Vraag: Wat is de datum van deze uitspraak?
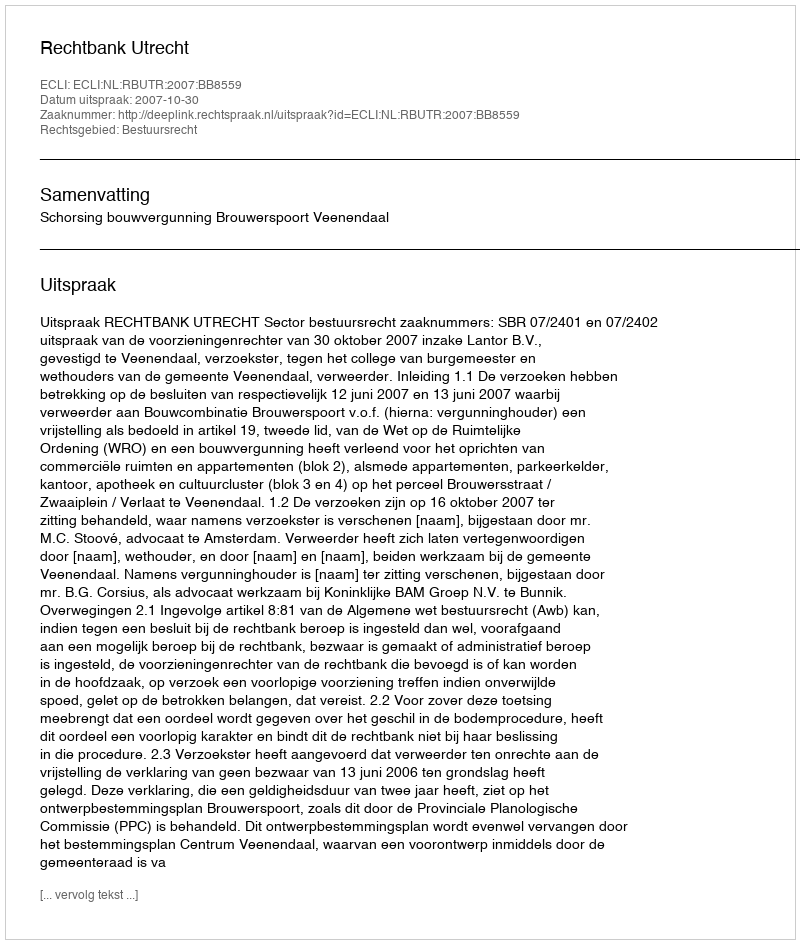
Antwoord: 2007-10-30